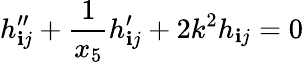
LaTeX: h_{\mathbf{i}j}^{\prime\prime}+\frac{{1}}{{x_{5}}}h_{\mathbf{i}j}^{\prime}+2k^{2}h_{\mathbf{i}j}=0